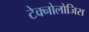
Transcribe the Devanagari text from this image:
टेक्नोलोजिस